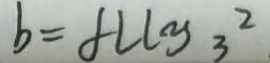
b = f L l y _ { 3 } ^ { 2 }